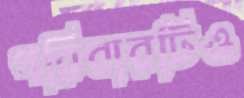
পরিবারটিও